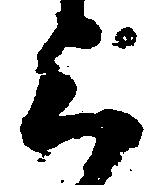
上